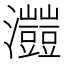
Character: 𤅐